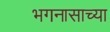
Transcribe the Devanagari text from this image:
भगनासाच्या